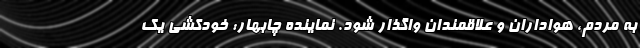
به مردم، هواداران و علاقمندان واگذار شود. نماینده چابهار: خودکشی یک